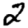
Digit: 2